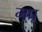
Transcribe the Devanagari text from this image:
गप